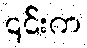
၎င်းက